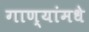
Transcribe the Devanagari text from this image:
गाण्यांमधे